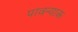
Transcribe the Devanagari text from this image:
पावन्याक